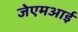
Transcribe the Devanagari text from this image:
जेएमआई